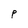
Character: P